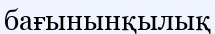
бағынынқылық